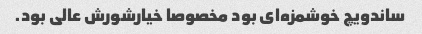
ساندویچ خوشمزه‌ای بود مخصوصا خیارشورش عالی بود.